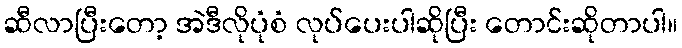
ဆီလာပြီးတော့ အဲဒီလိုပုံစံ လုပ်ပေးပါဆိုပြီး တောင်းဆိုတာပါ။